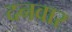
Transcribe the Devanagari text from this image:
दनवार